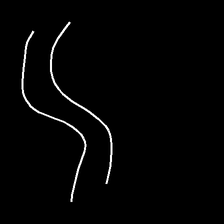
Glyph: float